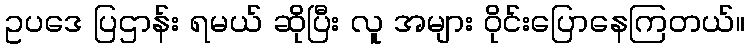
ဥပဒေ ပြဌာန်း ရမယ် ဆိုပြီး လူ အများ ဝိုင်းပြောနေကြတယ်။